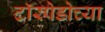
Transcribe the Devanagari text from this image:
टॉरपेडोच्या